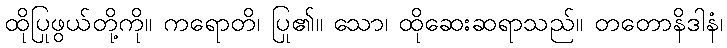
ထိုပြုဖွယ်တို့ကို။ ကရောတိ၊ ပြု၏။ သော၊ ထိုဆေးဆရာသည်။ တတောနိဒါနံ၊